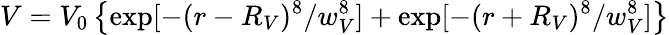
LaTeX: V=V_{0}\left\{ \exp[-(r-R_{V})^{8}/w_{V}^{8}]+\exp[-(r+R_{V})^{8}/w_{V}^{8}]\right\}